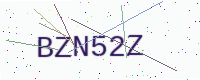
Text: BZN52Z